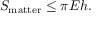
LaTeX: S _ { \mathrm { m a t t e r } } \leq \pi E h .